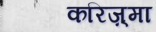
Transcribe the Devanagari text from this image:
करिज़्मा